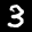
Label: 3